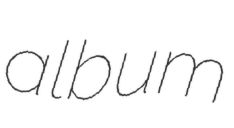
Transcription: album